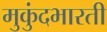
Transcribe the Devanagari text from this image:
मुकुंदभारती